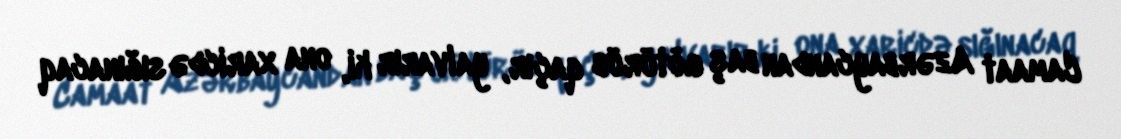
Camaat Azərbaycandan baş götürüb qaçır, yalvarır ki, ona xaricdə sığınacaq